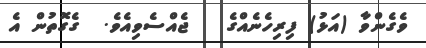
ވެގެންވާ (އަޅު) ފިރިހެނެއްގެ   ޖެއްސެވިއެވެ.  ގެގޮތުން އެ